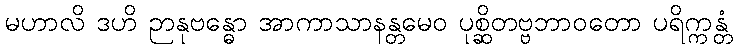
မဟာလိ ဒဟိ ဉာနုဗန္ဓော အာကာသာနန္တမေဝ ပုစ္ဆိတဗ္ဗဘာဝတော ပရိက္ကန္တံ